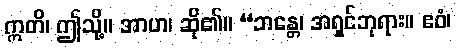
ဣတိ၊ ဤသို့။ အာဟ၊ ဆို၏။ “ဘန္တေ၊ အရှင်ဘုရား။ ဧဝံ၊